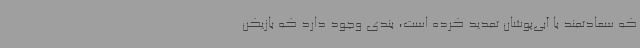
که سعادتمند با آبی‌پوشان تمدید کرده است، بندی وجود دارد که بازیکن